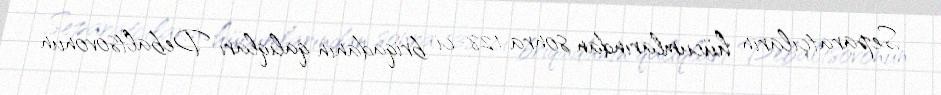
Separatçıların hücumlarından sonra 128-ci briqadanın qalıqları Debaltsovonun